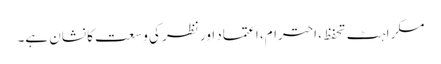
مسکراہٹ تحفظ، احترام، اعتماد اور نظر کی وسعت کا نشان ہے۔